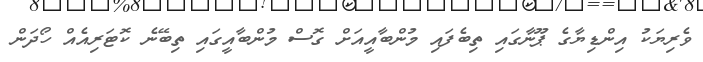
ވެރިޔަކު އިންޑިޔާގެ ޕޫނާގައި ތިބެފައި މުންބާއީއަށް ގޮސް މުންބާއީގައި ތިބޭނެ ކޮޓަރިއެއް ހޯދަން